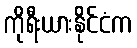
ကိုရီးယားနိုင်ငံက